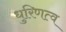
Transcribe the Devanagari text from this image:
धुरिणत्व